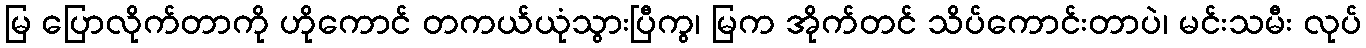
မြ ပြောလိုက်တာကို ဟိုကောင် တကယ်ယုံသွားပြီကွ၊ မြက အိုက်တင် သိပ်ကောင်းတာပဲ၊ မင်းသမီး လုပ်